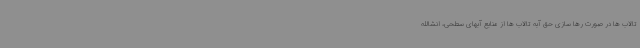
تالاب ها در صورت رها سازی حق آبه تالاب ها از منابع آبهای سطحی، انشالله